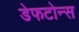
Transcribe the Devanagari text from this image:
डेफटोन्स